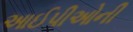
આઈપીઓની